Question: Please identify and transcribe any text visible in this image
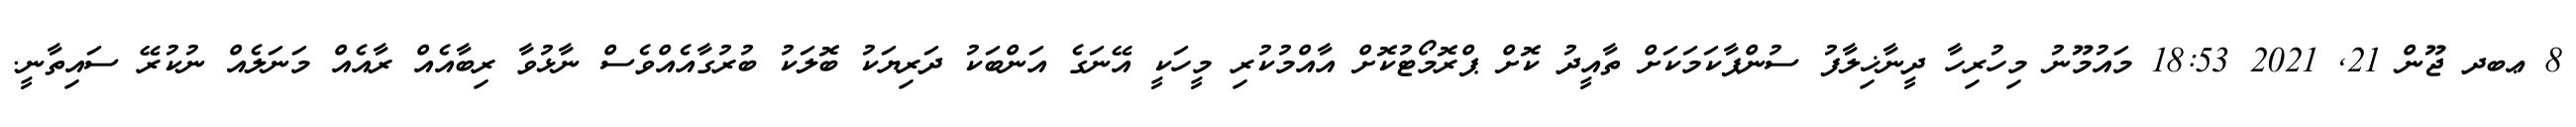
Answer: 8 ޢބދ ޖޫން 21, 2021 18:53 މައުމޫނު މިހުރިހާ ދީނާޚިލާފު ސުންޕާކަމަކަށް ތާއީދު ކޮށް ޕްރޮމޯޓުކޮށް އާއްމުކުރި މީހަކީ އޭނަގެ އަންބަކު ދަރިޔަކު ބޮލަކު ބުރުގާއެއްވެސް ނާޅުވާ ރިބާއެއް ރާއެއް މަނަލެއް ނުކުރޭ ސައިތާނީ.